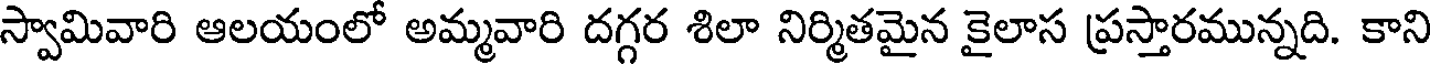
స్వామివారి ఆలయంలో అమ్మవారి దగ్గర శిలా నిర్మితమైన కైలాస ప్రస్తారమున్నది. కాని